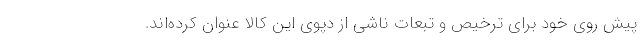
پیش روی خود برای ترخیص و تبعات ناشی از دپوی این کالا عنوان کرده‌اند.